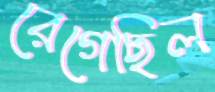
রেগেছিল